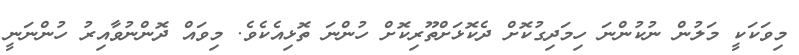
މިވަކަކީ މަލުން ނުކުންނަ ހިމަދިގުކޮށް ދެކޮޅަށްތޫރިކޮށް ހުންނަ ތޮޅިއެކެވެ. މިވައް ދޮންނުވާއިރު ހުންނަނީ